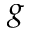
g